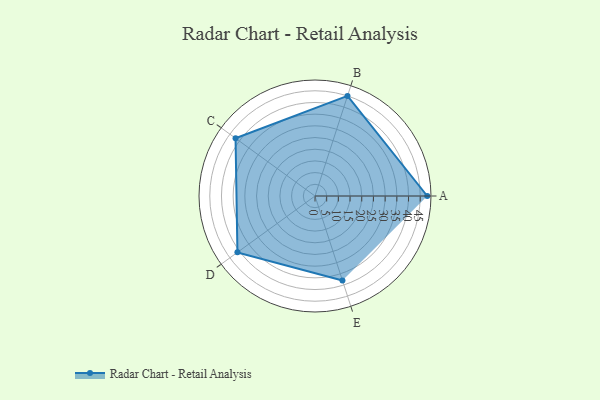
{"axis": {"x": "Skill", "y": "Score"}, "legend": ["Profile"], "data": [{"x": "A", "y": 48.0, "type": "Profile"}, {"x": "B", "y": 45.0, "type": "Profile"}, {"x": "C", "y": 42.0, "type": "Profile"}, {"x": "D", "y": 41.0, "type": "Profile"}, {"x": "E", "y": 38.0, "type": "Profile"}]}